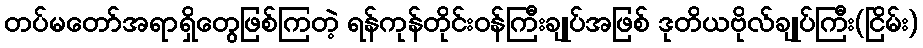
တပ်မတော်အရာရှိတွေဖြစ်ကြတဲ့ ရန်ကုန်တိုင်းဝန်ကြီးချုပ်အဖြစ် ဒုတိယဗိုလ်ချုပ်ကြီး(ငြိမ်း)